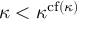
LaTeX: \kappa < \kappa ^ { \operatorname { c f } ( \kappa ) }